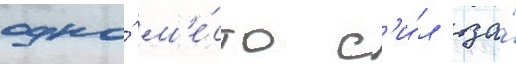
одно́ м'е́сто с'и́л за́